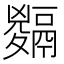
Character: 𩱅